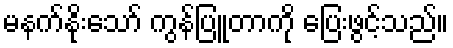
မနက်နိုးသော် ကွန်ပြူတာကို ပြေးဖွင့်သည်။